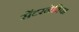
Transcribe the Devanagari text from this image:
सेंटरनेविया